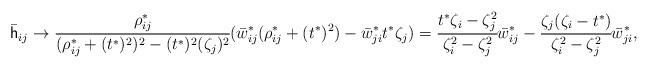
LaTeX: \begin{align*}\bar{\mathsf h}_{ij}\to \cfrac{\rho_{ij}^* }{(\rho_{ij}^* + (t^*)^2)^2 -(t^*)^2(\zeta_j)^2} (\bar{w}^*_{ij}(\rho_{ij}^* + (t^*)^2) - \bar{w}^*_{ji}t^* \zeta_j)= \cfrac{t^*\zeta_i - \zeta_j^2}{\zeta_i^2 - \zeta_j^2 }\bar{w}^*_{ij} - \cfrac{\zeta_j(\zeta_i - t^*)}{\zeta_i^2 - \zeta_j^2}\bar{w}^*_{ji},\end{align*}